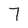
Character: 7